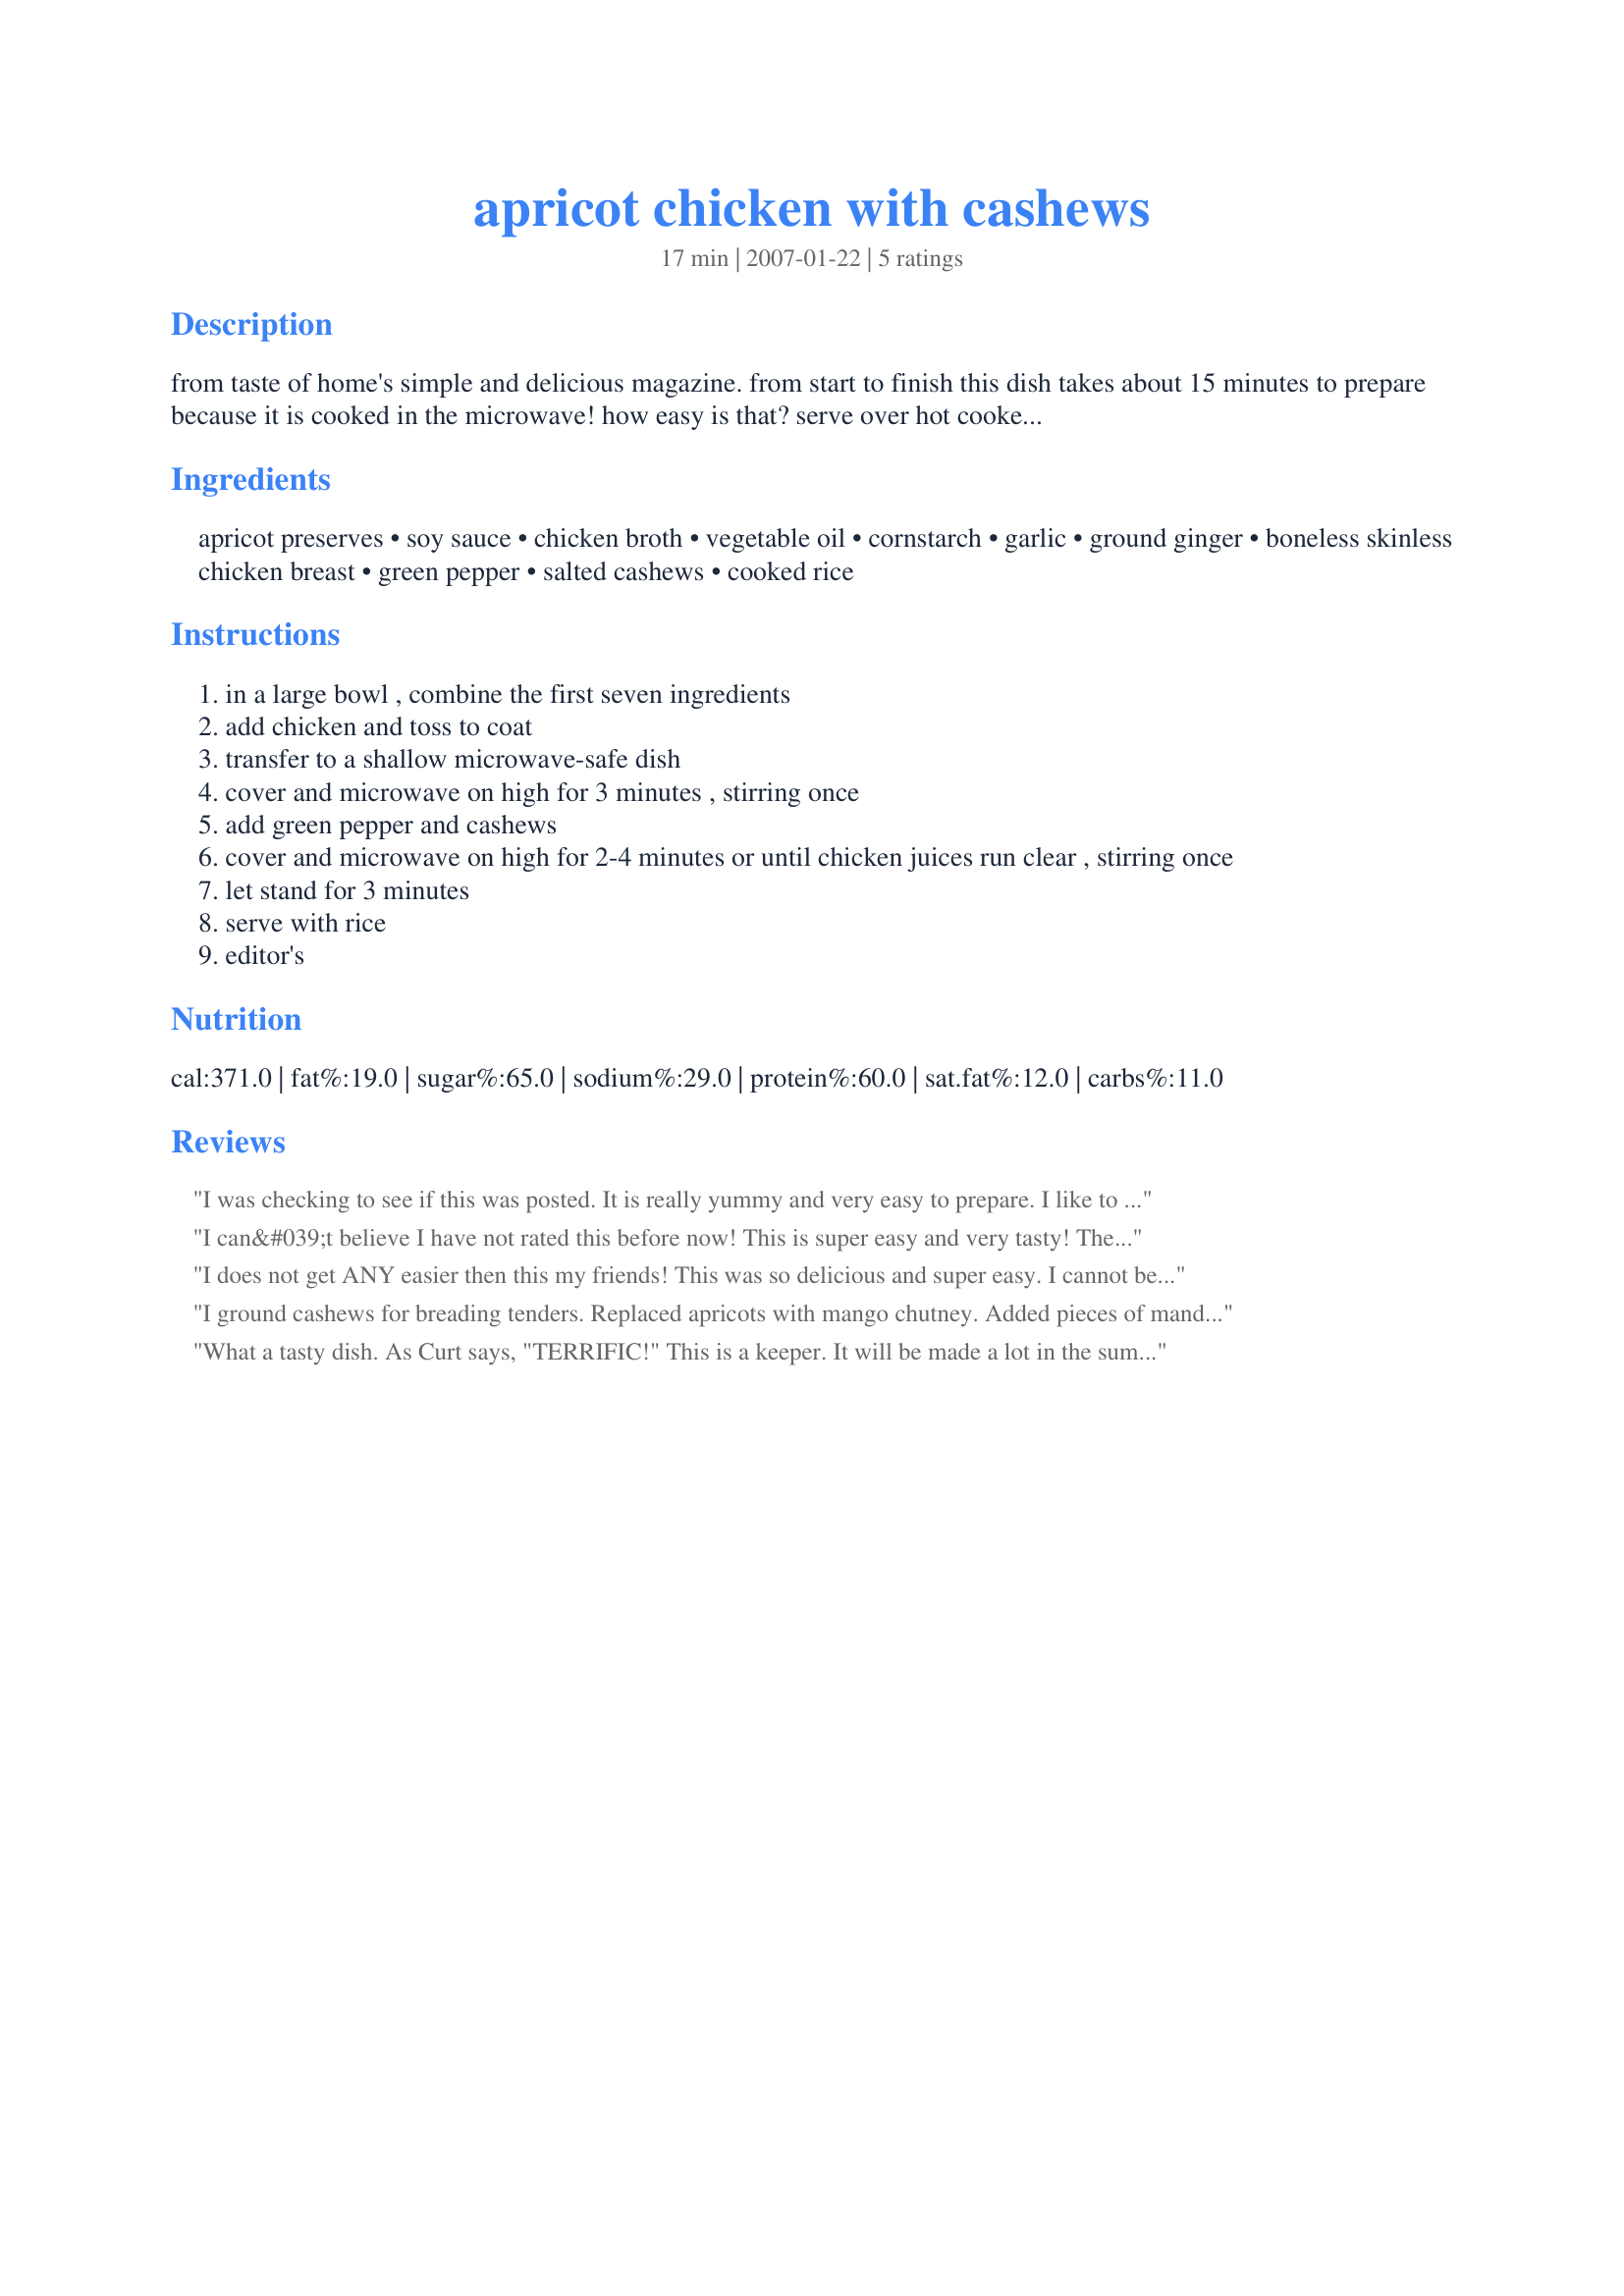
apricot chicken with cashews
Preparation time: 17 minutes

from taste of home's simple and delicious magazine. from start to finish this dish takes about 15 minutes to prepare because it is cooked in the microwave! how easy is that? serve over hot cooked rice.

Ingredients:
apricot preserves, soy sauce, chicken broth, vegetable oil, cornstarch, garlic, ground ginger, boneless skinless chicken breast, green pepper, salted cashews, cooked rice

Steps:
in a large bowl , combine the first seven ingredients
add chicken and toss to coat
transfer to a shallow microwave-safe dish
cover and microwave on high for 3 minutes , stirring once
add green pepper and cashews
cover and microwave on high for 2-4 minutes or until chicken juices run clear , stirring once
let stand for 3 minutes
serve with rice
editor's

Reviews:
I was checking to see if this was posted. It is really yummy and very easy to prepare. I like to make it in the summer because it is microwaved and doesn't heat up the kitchen. Great post Juenessa!
I can&#039;t believe I have not rated this before now! This is super easy and very tasty! The directions are spot on too! Thank you for sharing this quick and yummy recipe! Update! I have now done this adding in veggies too instead of or with the green pepper. Think broccoli, sugar snap peas, celery, carrots the options are only limited by your own mind. The veggies come out crisp tender.
I does not get ANY easier then this my friends! This was so delicious and super easy. I cannot believe the chicken was cooked in the microwave! The times were perfect for ours and our microwave is 950 Watts. I use Madeira wine instead of Sherry and low sodium soy sauce. I also had some fresh ginger and used that instead of the dried. But really none of those substitutions deviated from the recipe. Thanks Juenessa! Beverage Tag Rocks!
I ground cashews for breading tenders. Replaced apricots with mango chutney. Added pieces of mandrine oranges at the last minute. Everything else was the same as the original recipe.
What a tasty dish. As Curt says, "TERRIFIC!" This is a keeper. It will be made a lot in the summertime. Never thought a microwave could turn out such a tast dish. Thanks for posting.
